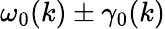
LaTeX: {\omega}_{0}(k)\pm\gamma_{0}(k)